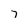
Character: 7